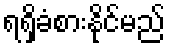
ရရှိခံစားနိုင်မည်